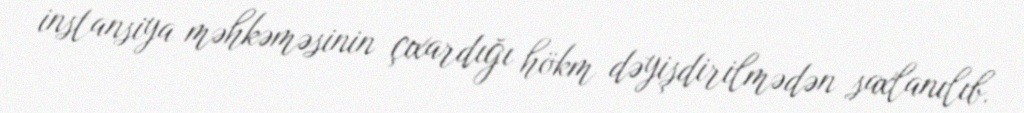
instansiya məhkəməsinin çıxardığı hökm dəyişdirilmədən saxlanılıb.